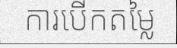
ការបើកតម្លៃ